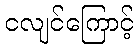
ငလျင်ကြောင့်